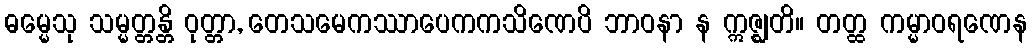
ဓမ္မေသု သမ္မတ္တန္တိ ဝုတ္တာ, တေသမေကဿာပေကကသိဏေပိ ဘာဝနာ န ဣဇ္ဈတိ။ တတ္ထ ကမ္မာဝရဏေန